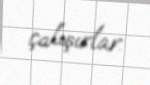
çalışırlar.